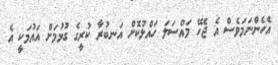
އެހެންނަމަވެސް އެ ޖެހޭ މައްސަލަ ހައްލުކޮށް އަނބުރާ ކުރީގެ ގުޅުމަށް އައުމަކީ އެ